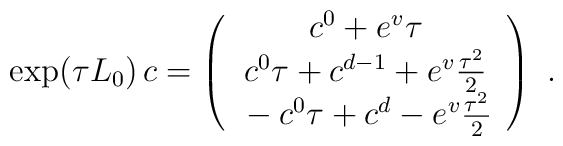
\exp(\tau L_0)\,c = \left (\begin{array}{c}\strut c^0 + e^v \tau\\\strut c^0\tau  + c^{d-1} + e^v {\tau^2 \over 2}\\\strut -c^0\tau  + c^d - e^v {\tau^2 \over 2}\end{array}\right )\ .